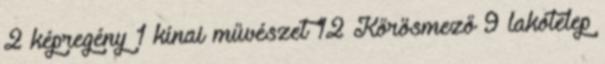
2 képregény 1 kínai művészet 12 Kőrösmező 9 lakótelep